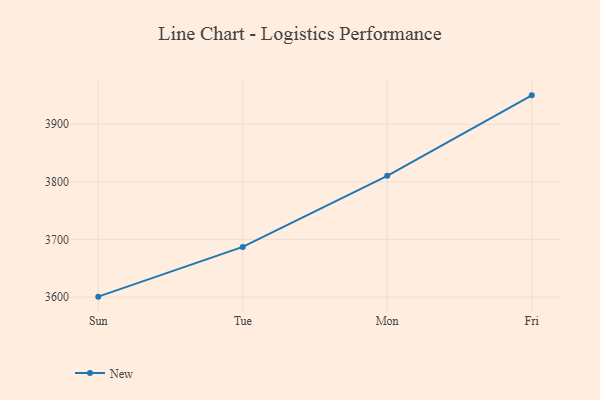
{"axis": {"x": "Day", "y": "LTV (USD)"}, "legend": ["New"], "data": [{"x": "Sun", "y": 3600.8, "type": "New"}, {"x": "Tue", "y": 3687.1, "type": "New"}, {"x": "Mon", "y": 3810.5, "type": "New"}, {"x": "Fri", "y": 3950.1, "type": "New"}]}